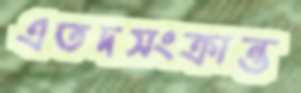
এতদসংক্রান্ত